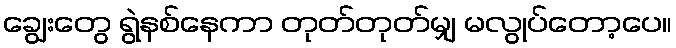
ချွေးတွေ ရွဲနစ်နေကာ တုတ်တုတ်မျှ မလွုပ်တော့ပေ။